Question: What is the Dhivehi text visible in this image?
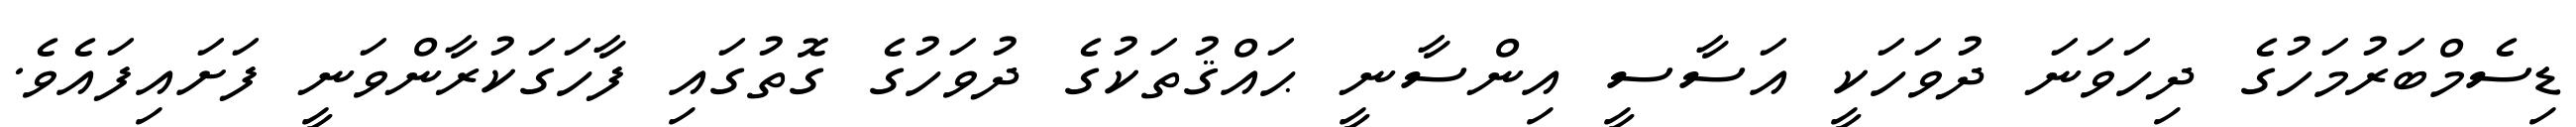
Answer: ޑިސެމްބަރުމަހުގެ ދިހަވަނަ ދުވަހަކީ އަސާސީ އިންސާނީ ޙައްޤުތަކުގެ ދުވަހުގެ ގޮތުގައި ފާހަގަކުރާންވަނީ ފަށައިފައެވެ.